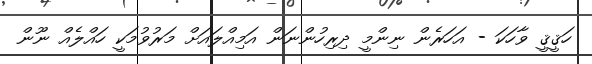
ހަޤީޤީ ވާހަކަ - އަހަރެން ނިންމީ ދިރިހުންނަން އަމިއްލައަށް މަރުވުމަކީ ހައްލެއް ނޫން